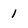
Character: i